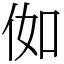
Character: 侞